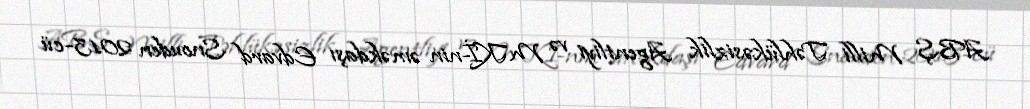
ABŞ Milli Təhlükəsizlik Agentliyi və MKİ-nin əməkdaşı Edvard Snouden 2013-cü